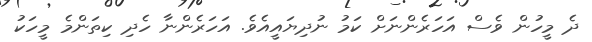
ދެ މީހުން ވެސް އަހަރެންނަށް ކަމު ނުދިޔައީއެވެ. އަހަރެންނާ ހެދި ކިތަންމެ މީހަކު